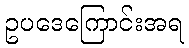
ဥပဒေကြောင်းအရ